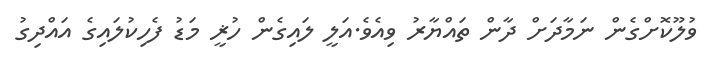
ވުލޫކޮށްގެން ނަމާދަށް ދާން ތައްޔާރު ވިއެވެ.އަލީ ލައިގެން ހުޜީ މަޑު ފެހިކުލައިގެ އައްދިގު